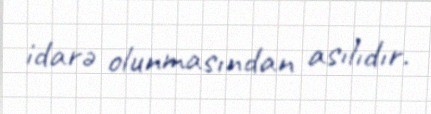
idarə olunmasından asılıdır.